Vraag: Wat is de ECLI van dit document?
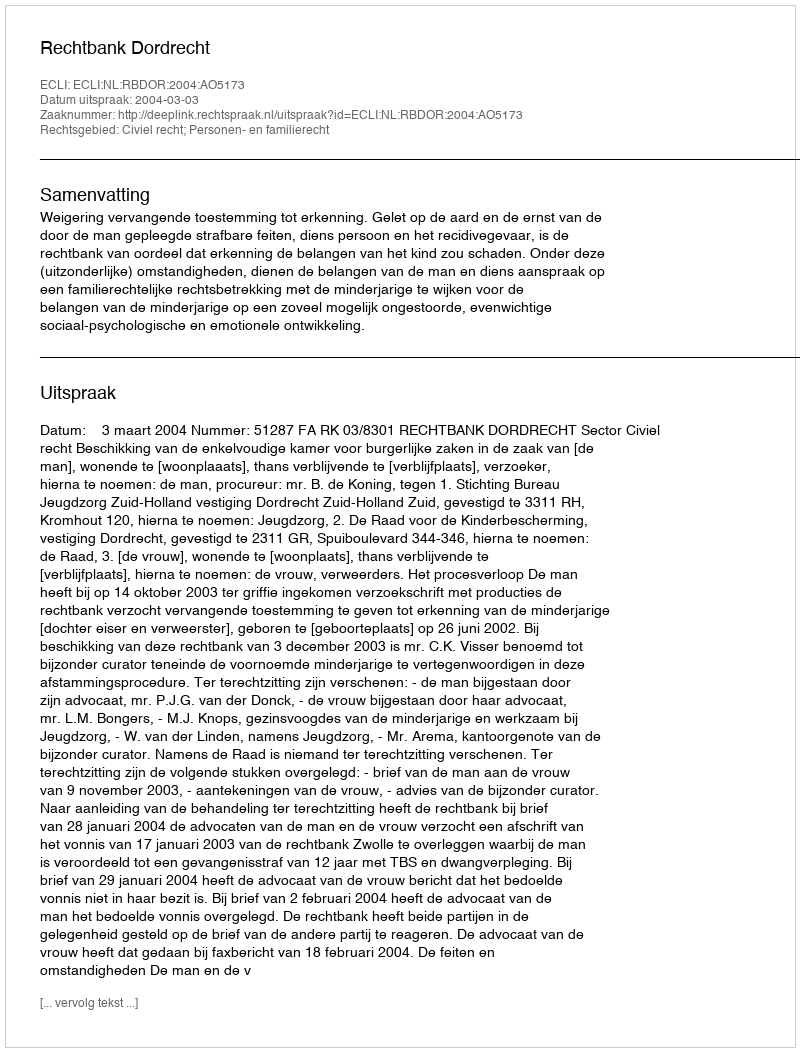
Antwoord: ECLI:NL:RBDOR:2004:AO5173